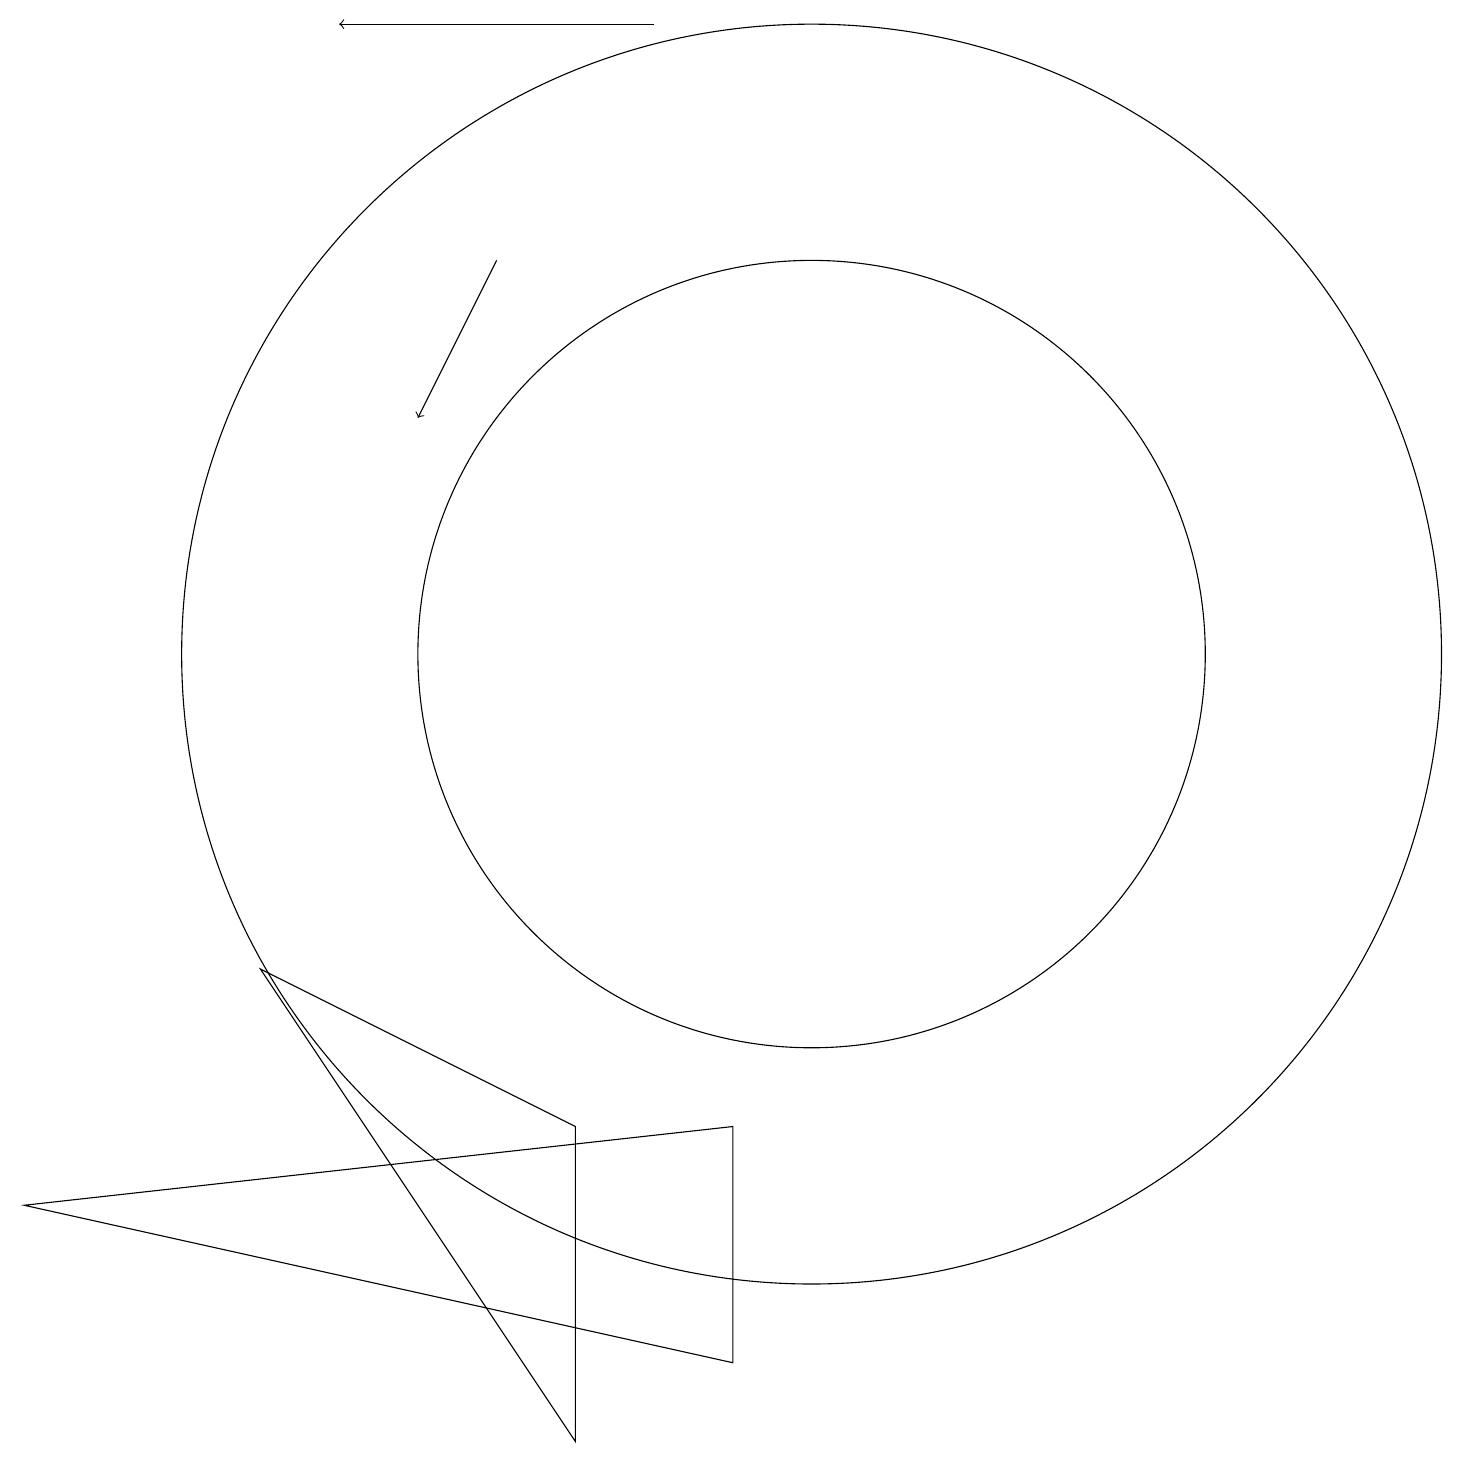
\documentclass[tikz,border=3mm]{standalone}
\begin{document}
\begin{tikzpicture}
\draw (10,11) circle (5);
\draw[->] (6,16) -- (5,14);
\draw[->] (8,19) -- (4,19);
\draw (0,4) -- (9,5) -- (9,2) -- cycle;
\draw (7,5) -- (7,1) -- (3,7) -- cycle;
\draw (10,11) circle (8);
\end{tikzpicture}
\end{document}